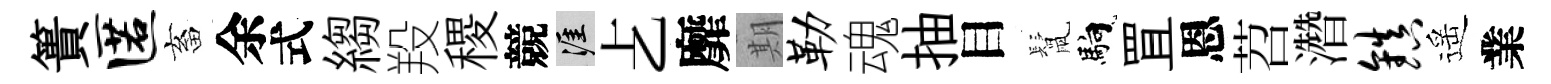
簣匿畜余式縐羖稷競涯𠧒靡期勒魂抽目鬛馿罝恩苕濳镇遥業